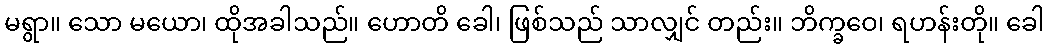
မရွာ။ သော မယော၊ ထိုအခါသည်။ ဟောတိ ခေါ၊ ဖြစ်သည် သာလျှင် တည်း။ ဘိက္ခဝေ၊ ရဟန်းတို။ ခေါ